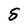
Character: S